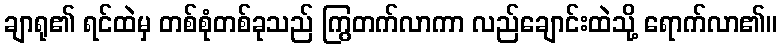
ချာရု၏ ရင်ထဲမှ တစ်စုံတစ်ခုသည် ကြွတက်လာကာ လည်ချောင်းထဲသို့ ရောက်လာ၏။